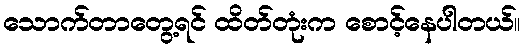
သောက်တာတွေ့ရင် ထိတ်တုံးက စောင့်နေပါတယ်။